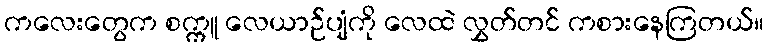
ကလေးတွေက စက္ကူ လေယာဉ်ပျံကို လေထဲ လွှတ်တင် ကစားနေကြတယ်။